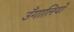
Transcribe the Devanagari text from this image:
उँगालियों